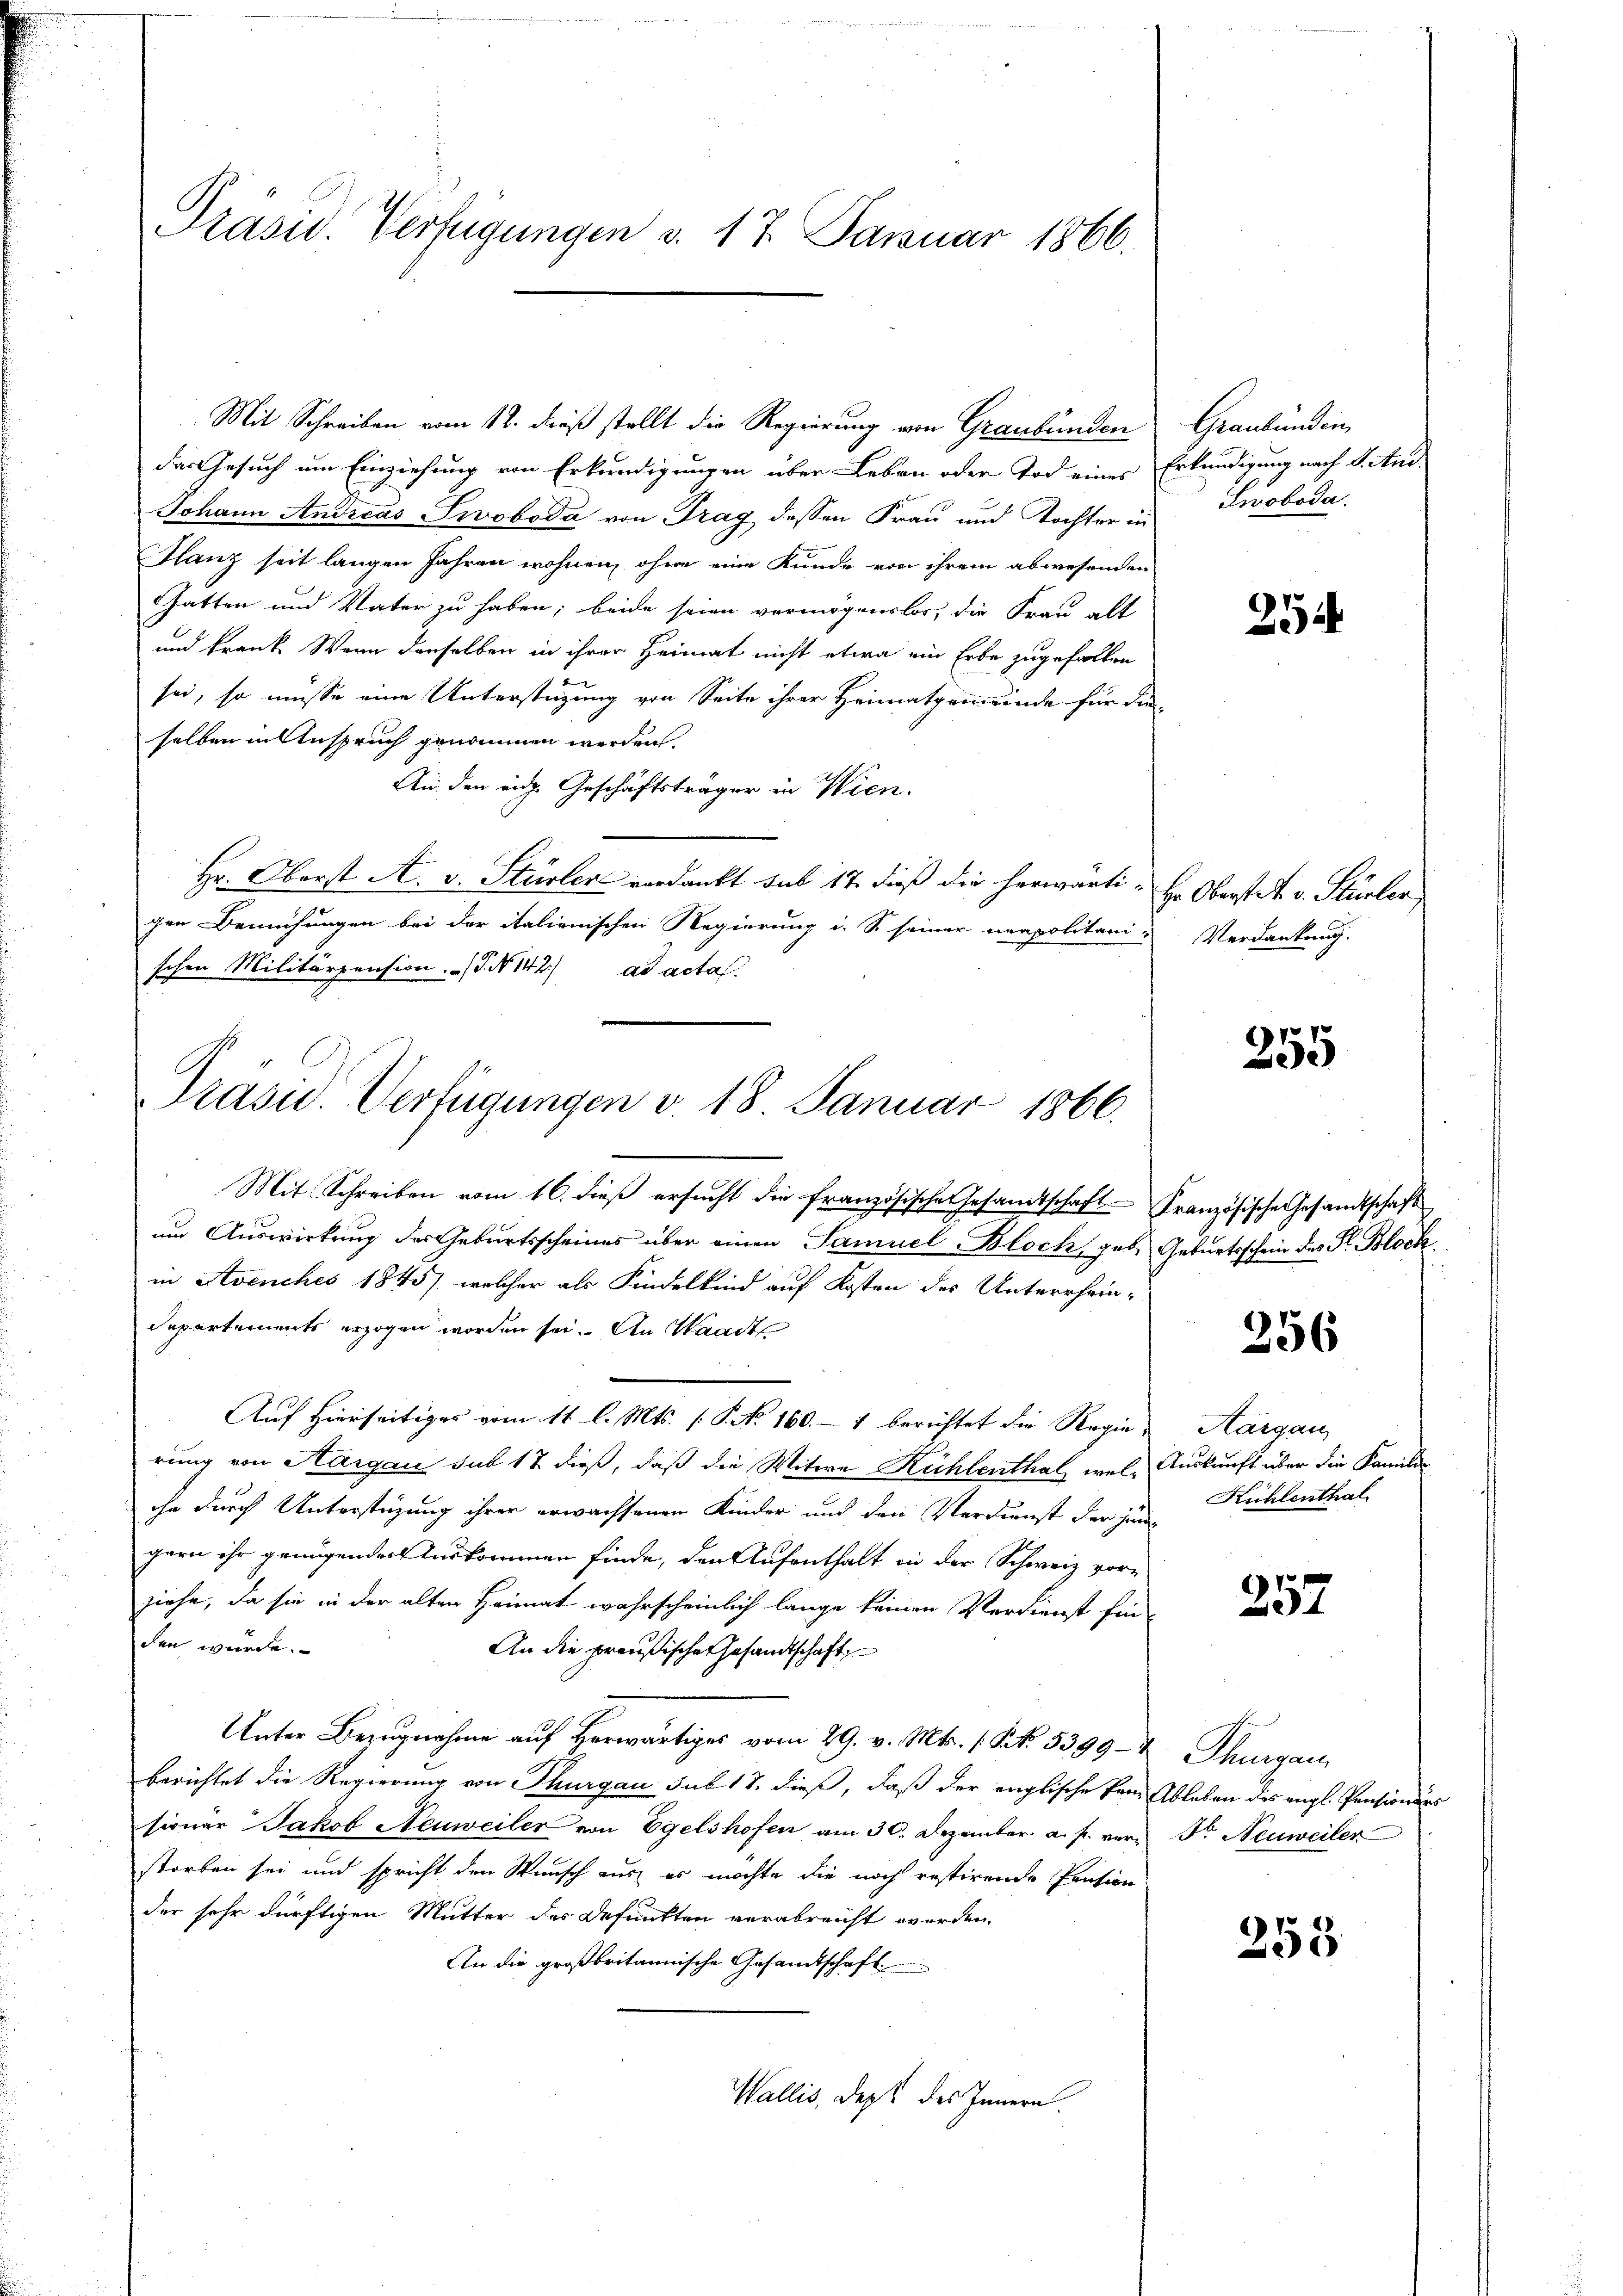
Präsid. Verfügungen v. 17. Januar 1866.

Mit Schreiben vom 12. dieß stellt die Regierung von Graubünden
das Gesuch um Einziehung von Erkundigungen über Leben oder Tod eines
Johann Andreas Swoboda von Trag dessen Frau und Tochter in
Glanz seit langen Jahren wohnen, ohne eine Kunde von ihrem abwesenden
GGatten und Vater zu haben; beide seien vermögenslos, die Frau alt
und krank. Wenn denselben in ihrer Heimat nicht etwa ein Erbe zugefallen
sei, so müsse eine Unterstüzung von Seite ihrer Heimatgemeinde für die
selben in Anspruch genommen werden.
An den eidg. Geschäftsträger in Wien.
Hr. Oberst A. v. Stürler verdankt sub 17. dieß die herwärti-
gen Bemühungen bei der italienischen Regierung i. So seiner neapolitanischen Militärpension. (T. N 142) ad acta
Mit Schreiben vom 16. dieß ersucht die französische Gesandtschaft Französische Gesandtschaft
um Auswirkung des Geburtsscheines über einen Samuel Bloch, geb. Geburtsschein des Fr. Block
in Avenches 1845), welcher als Kindelkind auf Kosten des Unterrhein-
Departements erzogen worden sei. An Waadt
Auf Hierseitiges vom 11. l. Mts. (T. No 160. — 1 berichtet die Regierung von Aargau sub 12 dieß, daß die Witwe Kühlenthal, welihn durch Unterstüzung ihrer erwachsenen Kinder und den Verdienst der jen
gern ihr genügender Auskommen finde, den Aufenthalt in der Schweiz vorziehe, da sie in der alten Heimat wahrscheinlich lange keinen Verdienst fin-
den würde.
An die preußischer Gesandtschaft
Unter Bezugnahme auf Herwärtiges vom 29. v. Mts. 1 Frk. 5399- 2. Thurgau
berichtet die Regierung von Thurgau sub 17. dieß, daß der englische Pem Ableben des engl. Pensionärs
sionar Jakob Neuweiler von Egelshofen am 30. Dezember a. p. vern Fr. Neuweiler
storben sei und spricht den Wunsch aus es möchte die noch restirende Pension
der sehr dürftigen Mutter der Befunkten verabreicht werden.
An die großbritannische Gesandtschaft
Wallis, dept des Innern.

Präsid.. Verfügungen v. 18. Januar 1866.

Graubünden
Erkundigung nach Stunde
Swoboda.

27

Hr. Oberstet. v. Stürler
Verdankung.

255

256

Aargau
Auskunft über die Familie
Kühlenthal

257

258